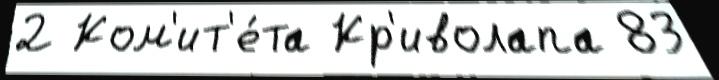
2 Ком'ит'е́та Кр'иволапа 83